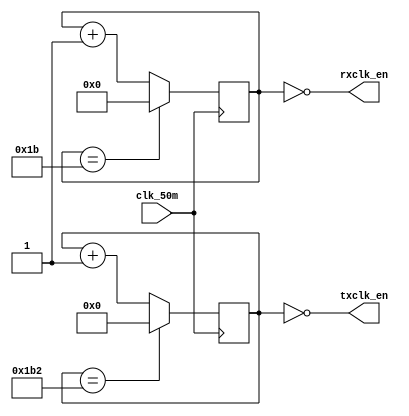

`timescale 1ns / 1ps

module baud_rate_gen(input wire clk_50m,
		     output wire rxclk_en,
		     output wire txclk_en);

parameter RX_ACC_MAX = 50000000 / (115200 * 16);
parameter TX_ACC_MAX = 50000000 / 115200;
parameter RX_ACC_WIDTH = $clog2(RX_ACC_MAX);
parameter TX_ACC_WIDTH = $clog2(TX_ACC_MAX);
reg [RX_ACC_WIDTH - 1:0] rx_acc = 0;
reg [TX_ACC_WIDTH - 1:0] tx_acc = 0;

assign rxclk_en = (rx_acc == 5'd0);
assign txclk_en = (tx_acc == 9'd0);

always @(posedge clk_50m) begin
	if (rx_acc == RX_ACC_MAX[RX_ACC_WIDTH - 1:0])
		rx_acc <= 0;
	else
		rx_acc <= rx_acc + 5'b1;
end

always @(posedge clk_50m) begin
	if (tx_acc == TX_ACC_MAX[TX_ACC_WIDTH - 1:0])
		tx_acc <= 0;
	else
		tx_acc <= tx_acc + 9'b1;
end

endmodule